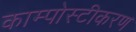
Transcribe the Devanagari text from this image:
काम्पोस्टीकरण